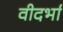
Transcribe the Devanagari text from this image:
वीदर्भा